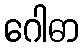
ဂေါဓာ